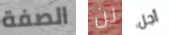
الصفة لن أجل